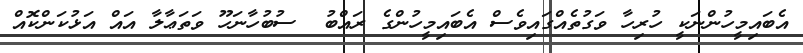
އެބައިމީހުންނަކީ ހުރިހާ ވަގުތެއްގައިވެސް އެބައިމީހުންގެ ރައްބު  ސުބުހާނަހޫ ވަތަޢާލާ އައް އަޅުކަންކޮއް